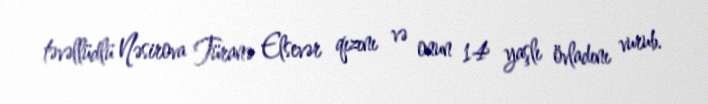
təvəllüdlü Nəsirova Türanə Elsevər qızını və onun 14 yaşlı övladını vurub.